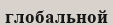
глобальной